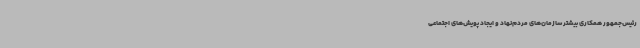
رئیس‌جمهور همکاری بیشتر سازمان‌های مردم‌نهاد و ایجاد پویش‌های اجتماعی